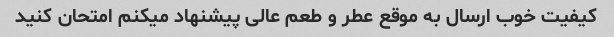
کیفیت خوب ارسال به موقع عطر و طعم عالی پیشنهاد میکنم امتحان کنید